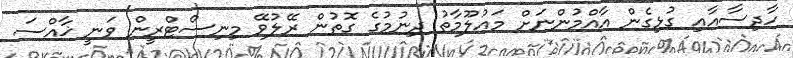
ހާދިސާއާއި ގުޅިގެން އާއްމުންނަށް މައުލޫމާތު ދިނުމުގެ ގޮތުން ރޭލުވޭ މިނިސްޓްރީން ވަނީ ޚާއްސަ